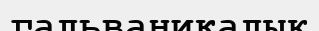
гальваникалық